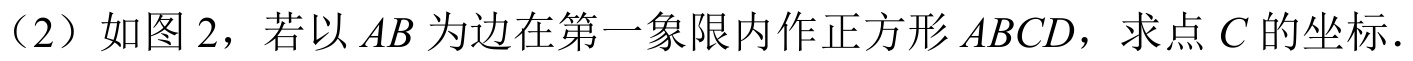
（2）如图2，若以\(AB\)为边在第一象限内作正方形\(ABCD\)，求点\(C\)的坐标.